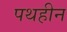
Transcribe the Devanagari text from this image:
पथहीन